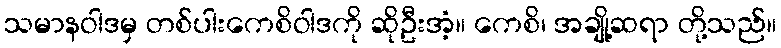
သမာနဝါဒမှ တစ်ပါးကေစိဝါဒကို ဆိုဦးအံ့။ ကေစိ၊ အချို့ဆရာ တို့သည်။